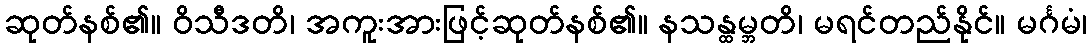
ဆုတ်နစ်၏။ ဝိသီဒတိ၊ အကူးအားဖြင့်ဆုတ်နစ်၏။ နသန္ထမ္ဘတိ၊ မရင်တည်နိုင်။ မင်္ဂမံ၊